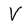
Character: V